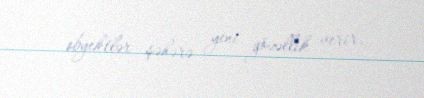
obyektlər şəhərə yeni gözəllik verir.